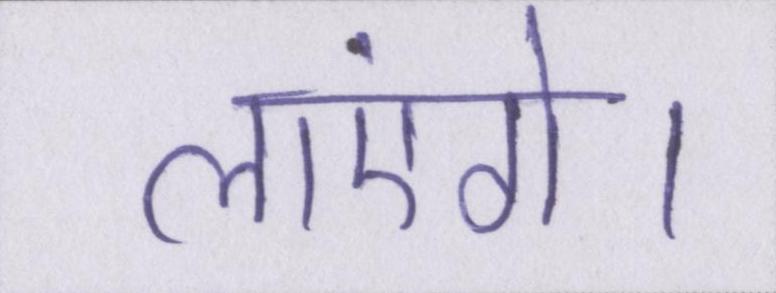
लाएंगे।